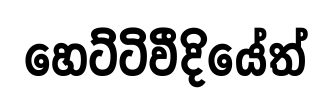
හෙට්ටිවීදියේත්